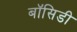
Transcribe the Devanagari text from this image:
बॉसिडी